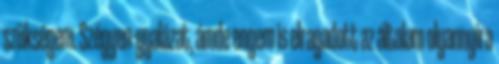
szükségem. Szégyen-gyalázat, ámde engem is elragadott az általam olyannyira